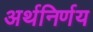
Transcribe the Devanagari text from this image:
अर्थनिर्णय